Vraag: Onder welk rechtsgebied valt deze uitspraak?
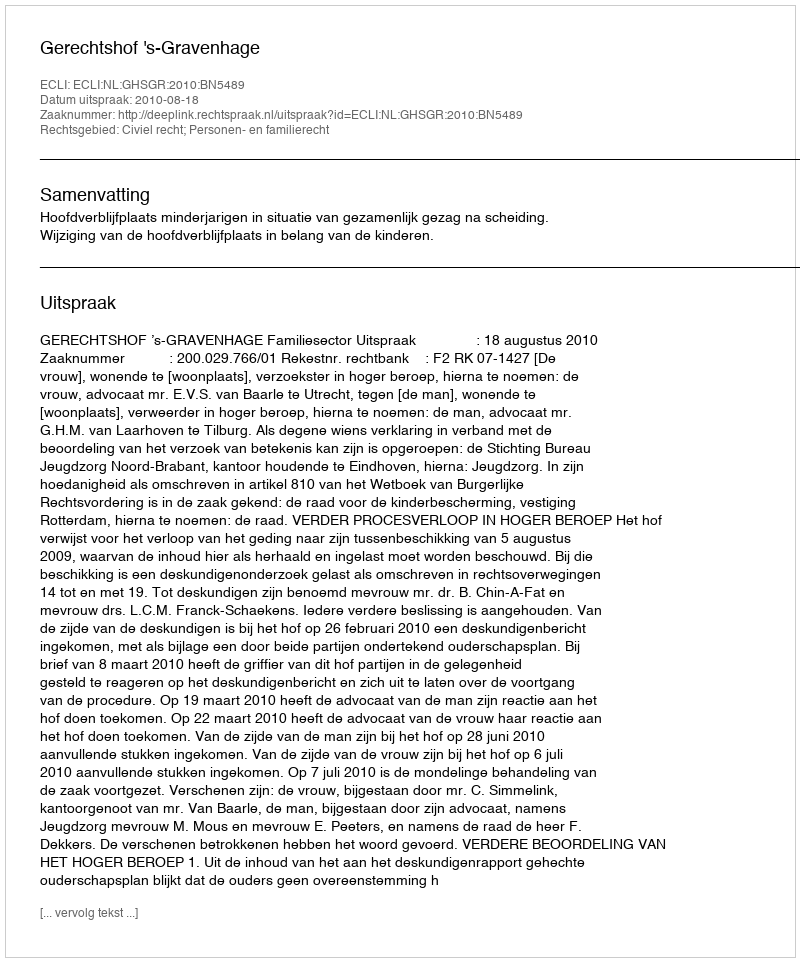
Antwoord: Civiel recht; Personen- en familierecht